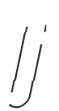
Ij